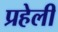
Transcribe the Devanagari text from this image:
प्रहेली